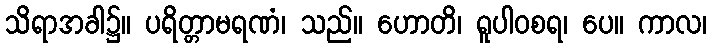
သိရာအခါ၌။ ပရိတ္တာမရဏံ၊ သည်။ ဟောတိ၊ ရူပါဝစရ၊ ပေ။ ကာလ၊